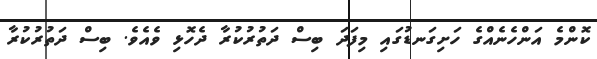
ކޮންމެ އަންހެނެއްގެ ހަށިގަނޑުގައި މިފަދަ ބިސް ދަތުރުކުރާ ދެހޮޅި ވެއެވެ. ބިސް ދަތުރުކުރާ